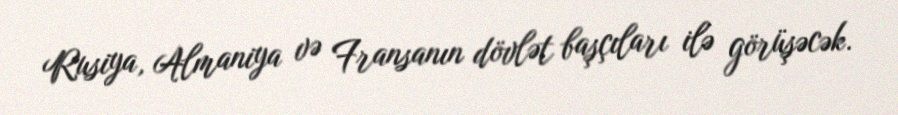
Rusiya, Almaniya və Fransanın dövlət başçıları ilə görüşəcək.